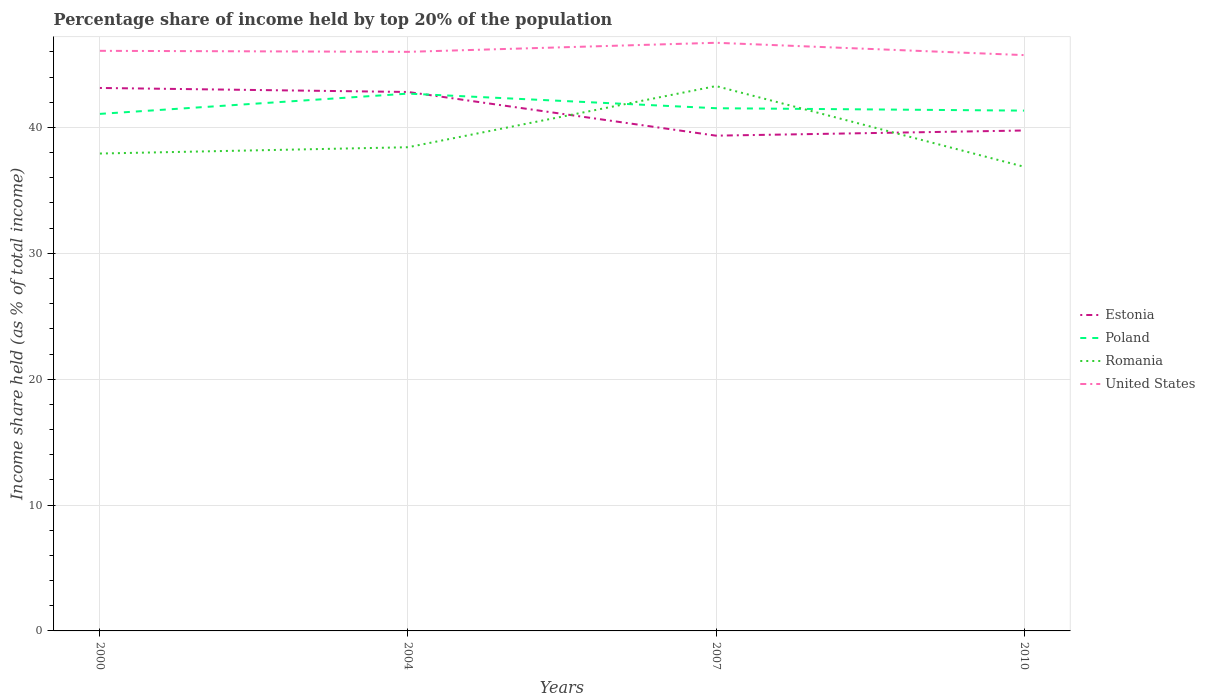
| Years | Estonia | Poland | Romania | United States |
 | --- | --- | --- | --- | --- |
 | 2000 | 43.1 | 41.1 | 37.9 | 46.1 |
 | 2004 | 42.8 | 42.7 | 38.4 | 46 |
 | 2007 | 39.4 | 41.5 | 43.3 | 46.7 |
 | 2010 | 39.8 | 41.3 | 36.9 | 45.8 |